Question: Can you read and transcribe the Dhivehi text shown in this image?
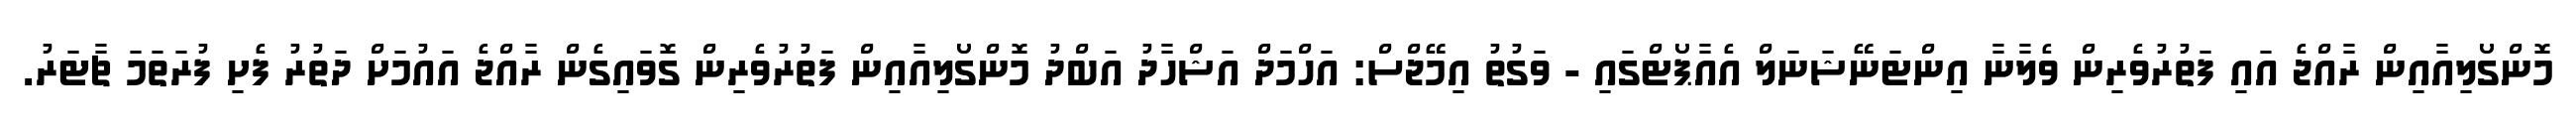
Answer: މޮންގޯލިއާއިން ރާއްޖެ އައި ފަތުރުވެރިން ވެލާނާ އިންޓަނޭޝަނަލް އެއާޕޯޓްގައި - ވަގުތު އިމޭޖްސް: އަހްމަދް އަޝްހާދު އަބްދު މޮންގޯލިއާއިން ފަތުރުވެރިން ގޮވައިގެން ރާއްޖެ އައުމަށް ދަތުރު ފެށި ފުރަތަމަ ޗާޓަރު.